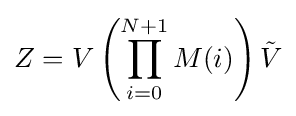
Z=V\left(\prod _{i=0}^{N+1}M(i)\right){\tilde {V}}